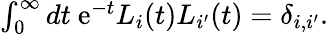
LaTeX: \begin{array}{r}{\int_{0}^{\infty}dt\ \mathrm{e}^{-t}L_{i}(t)L_{i^{\prime}}(t)=\delta_{i,i^{\prime}}.}\end{array}